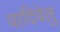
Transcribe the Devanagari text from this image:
वादिवेलु